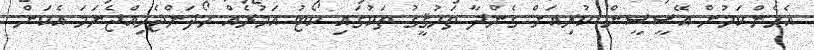
އެހެންކަމުން އޭސީސީން ކުރިއަށް ގެންދާ ތަހުޤީގު ތަކުގައި ކޯޓު އަމުރެއް ހޯދަންޖެހިއްޖެނަމަ އެކަން